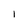
Character: I